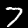
Label: 7